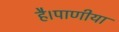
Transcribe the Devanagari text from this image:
है।पाणीया